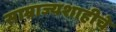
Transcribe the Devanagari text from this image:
साम्राज्यशाहीचे